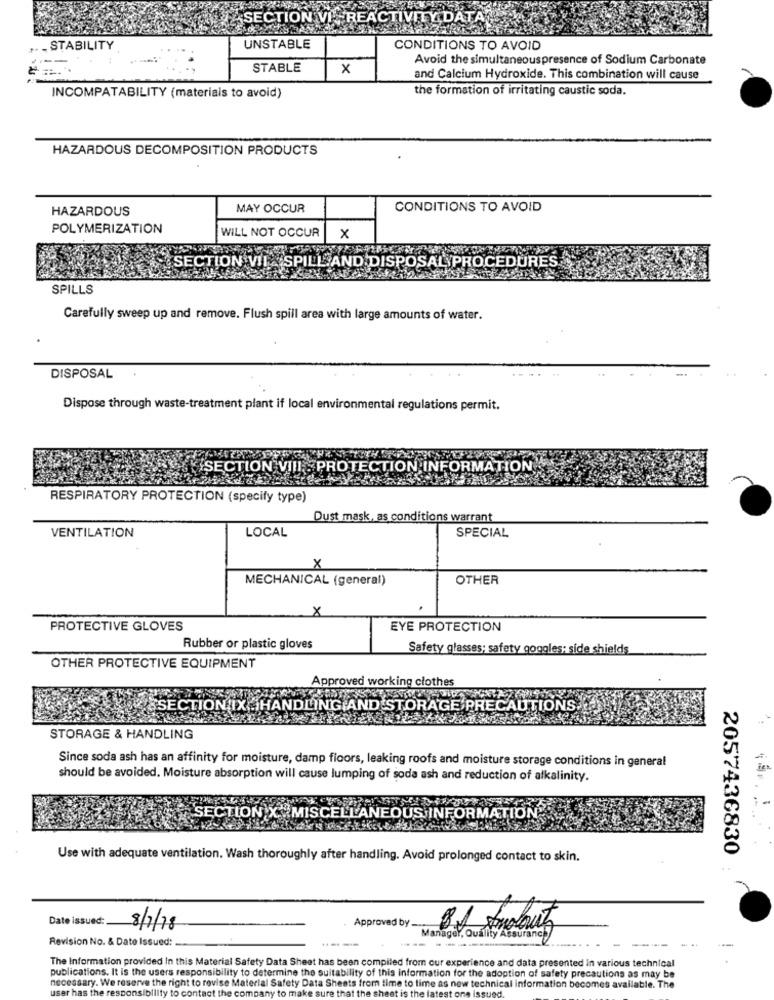
SECTION VI -REACTIVITY DATA
- STABILITY
UNSTABLE
CONDITIONS TO AVOID
Avoid the simultaneouspresence of Sodium Carbonate
STABLE
x
and Calcium Hydroxide. This combination will cause
the formation of irritating caustic soda.
INCOMPATABILITY (materials to avoid)
HAZARDOUS DECOMPOSITION PRODUCTS
HAZARDOUS
MAY OCCUR
CONDITIONS TO AVOID
POLYMERIZATION
WILL NOT OCCUR
X
C SECTION VIL
SPILL AND DISPOSAL PROCEDURES
SPILLS
Carefully sweep up and remove. Flush spill area with large amounts of water.
DISPOSAL
Dispose through waste-treatment plant if local environmental regulations permit.
SECTION VIII . PROTECTION INFORMATION
RESPIRATORY PROTECTION (specify type)
Dust mask, as conditions warrant
LOCAL
VENTILATION
SPECIAL
X
MECHANICAL (general)
OTHER
X
PROTECTIVE GLOVES
EYE PROTECTION
Rubber or plastic gloves
Safety glasses; safety goggles; side shields
OTHER PROTECTIVE EQUIPMENT
Approved working clothes
XSSECTION IX .HANDLING AND STORAGE PRECAUTIONS
STORAGE & HANDLING
Since soda ash has an affinity for moisture, damp floors, leaking roofs and moisture storage conditions in general
should be avoided. Moisture absorption will cause lumping of soda ash and reduction of alkalinity.
SECTION X "MISCELLANEOUS INFORMATION
2057436830
Use with adequate ventilation. Wash thoroughly after handling. Avoid prolonged contact to skin.
Date issued:
8/7/18
Approved by ....
Revision No. & Date Issued:
Manager, Quality Assurance
The Information provided In this Material Safety Data Sheet has been compiled from our experience and data presented in various technical
publications. It is the users responsibility to determine the suitability of this information for the adoption of safety precautions as may be
necessary. We reserve the right to revise Material Safety Data Sheets from time to time as new technical information becomes available. The
user has the responsibility to contact the company to make sure that the sheet is the la
test one issued.